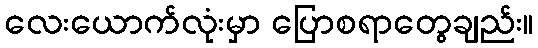
လေးယောက်လုံးမှာ ပြောစရာတွေချည်း။